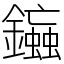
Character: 䥰